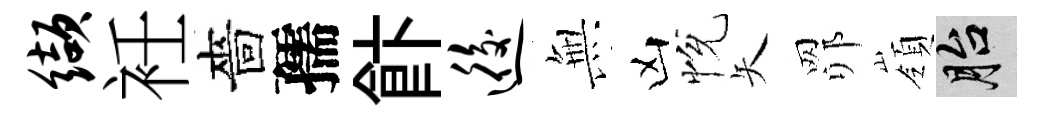
缬衽嗇孺飰逅𭴾凶恱矢𦊑嶺胎